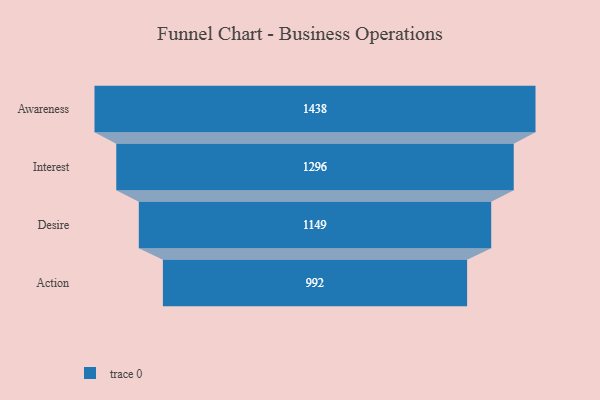
{"axis": {"x": "Stage", "y": "Value"}, "legend": [""], "data": [{"x": "Awareness", "y": 1438.0, "type": ""}, {"x": "Interest", "y": 1296.0, "type": ""}, {"x": "Desire", "y": 1149.0, "type": ""}, {"x": "Action", "y": 992.0, "type": ""}]}